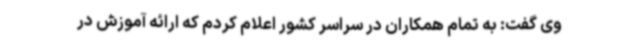
وی گفت: به تمام همکاران در سراسر کشور اعلام کردم که ارائه آموزش در